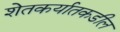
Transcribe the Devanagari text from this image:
शेतकर्यातकडील